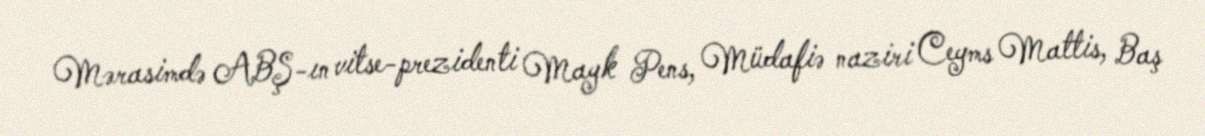
Mərasimdə ABŞ-ın vitse-prezidenti Mayk Pens, Müdafiə naziri Ceyms Mattis, Baş